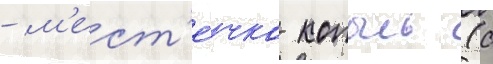
- м'ест'е́чко копыль (с